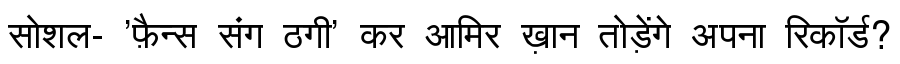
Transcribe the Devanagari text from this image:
सोशल- 'फ़ैन्स संग ठगी' कर आमिर ख़ान तोड़ेंगे अपना रिकॉर्ड?